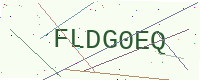
Text: FLDG0EQ